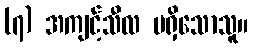
(၇) အကျင့်သီလ မရှိသောသူ။